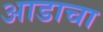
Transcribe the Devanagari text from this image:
आडाचा